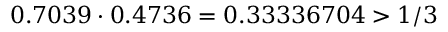
0 . 7 0 3 9 \cdot 0 . 4 7 3 6 = 0 . 3 3 3 3 6 7 0 4 > 1 / 3